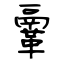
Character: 鞷